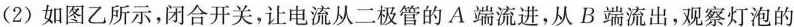
(2)如图乙所示，闭合开关，让电流从二极管的A端流进，从B端流出，观察灯泡的